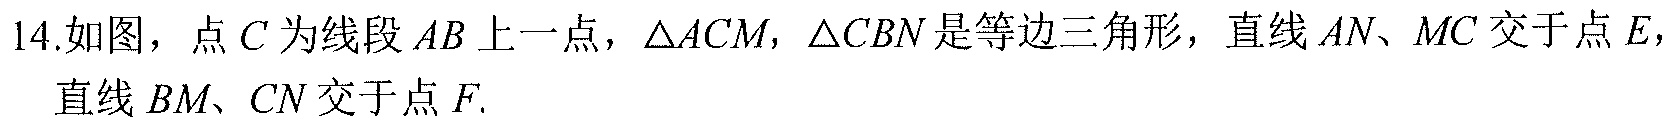
14.如图，点\(C\)为线段\(AB\)上一点，\(\triangle ACM\)，\(\triangle CBN\)是等边三角形，直线\(AN\)、\(MC\)交于点\(E\)，
直线 \(BM\)、\(CN\) 交于点 \(F\).